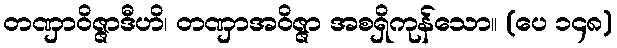
တဏှာဝိဇ္ဇာဒီဟိ၊ တဏှာအဝိဇ္ဇာ အစရှိကုန်သော။ (ပေ ၁၄၈)